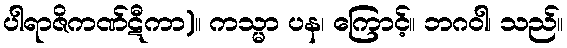
ပါရာဇိကဏ်ဋီကာ)။ ကသ္မာ ပန၊ ကြောင့်။ ဘဂဝါ၊ သည်။